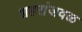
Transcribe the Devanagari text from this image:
शहरांजवळ